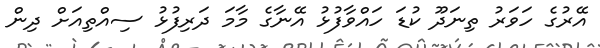
އޭރުގެ ހަވަރު ތިނަދޫ ކުޑަ ހައްވާފުޅު އޭނާގެ މާމަ ދަރިފުޅު ސިއްތިއަށް ދިން